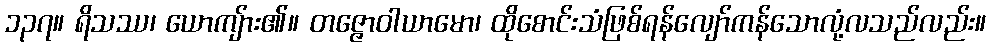
၁၃၇။ ရိသဿ၊ ယောကျ်ား၏။ တဇ္ဇောဝါယာမော၊ ထိုစောင်းသံဖြစ်ရန်လျော်ကန်သောလုံ့လသည်လည်း။